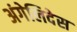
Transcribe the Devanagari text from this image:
अंगेलिदेस